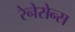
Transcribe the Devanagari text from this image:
रेनेसेन्स